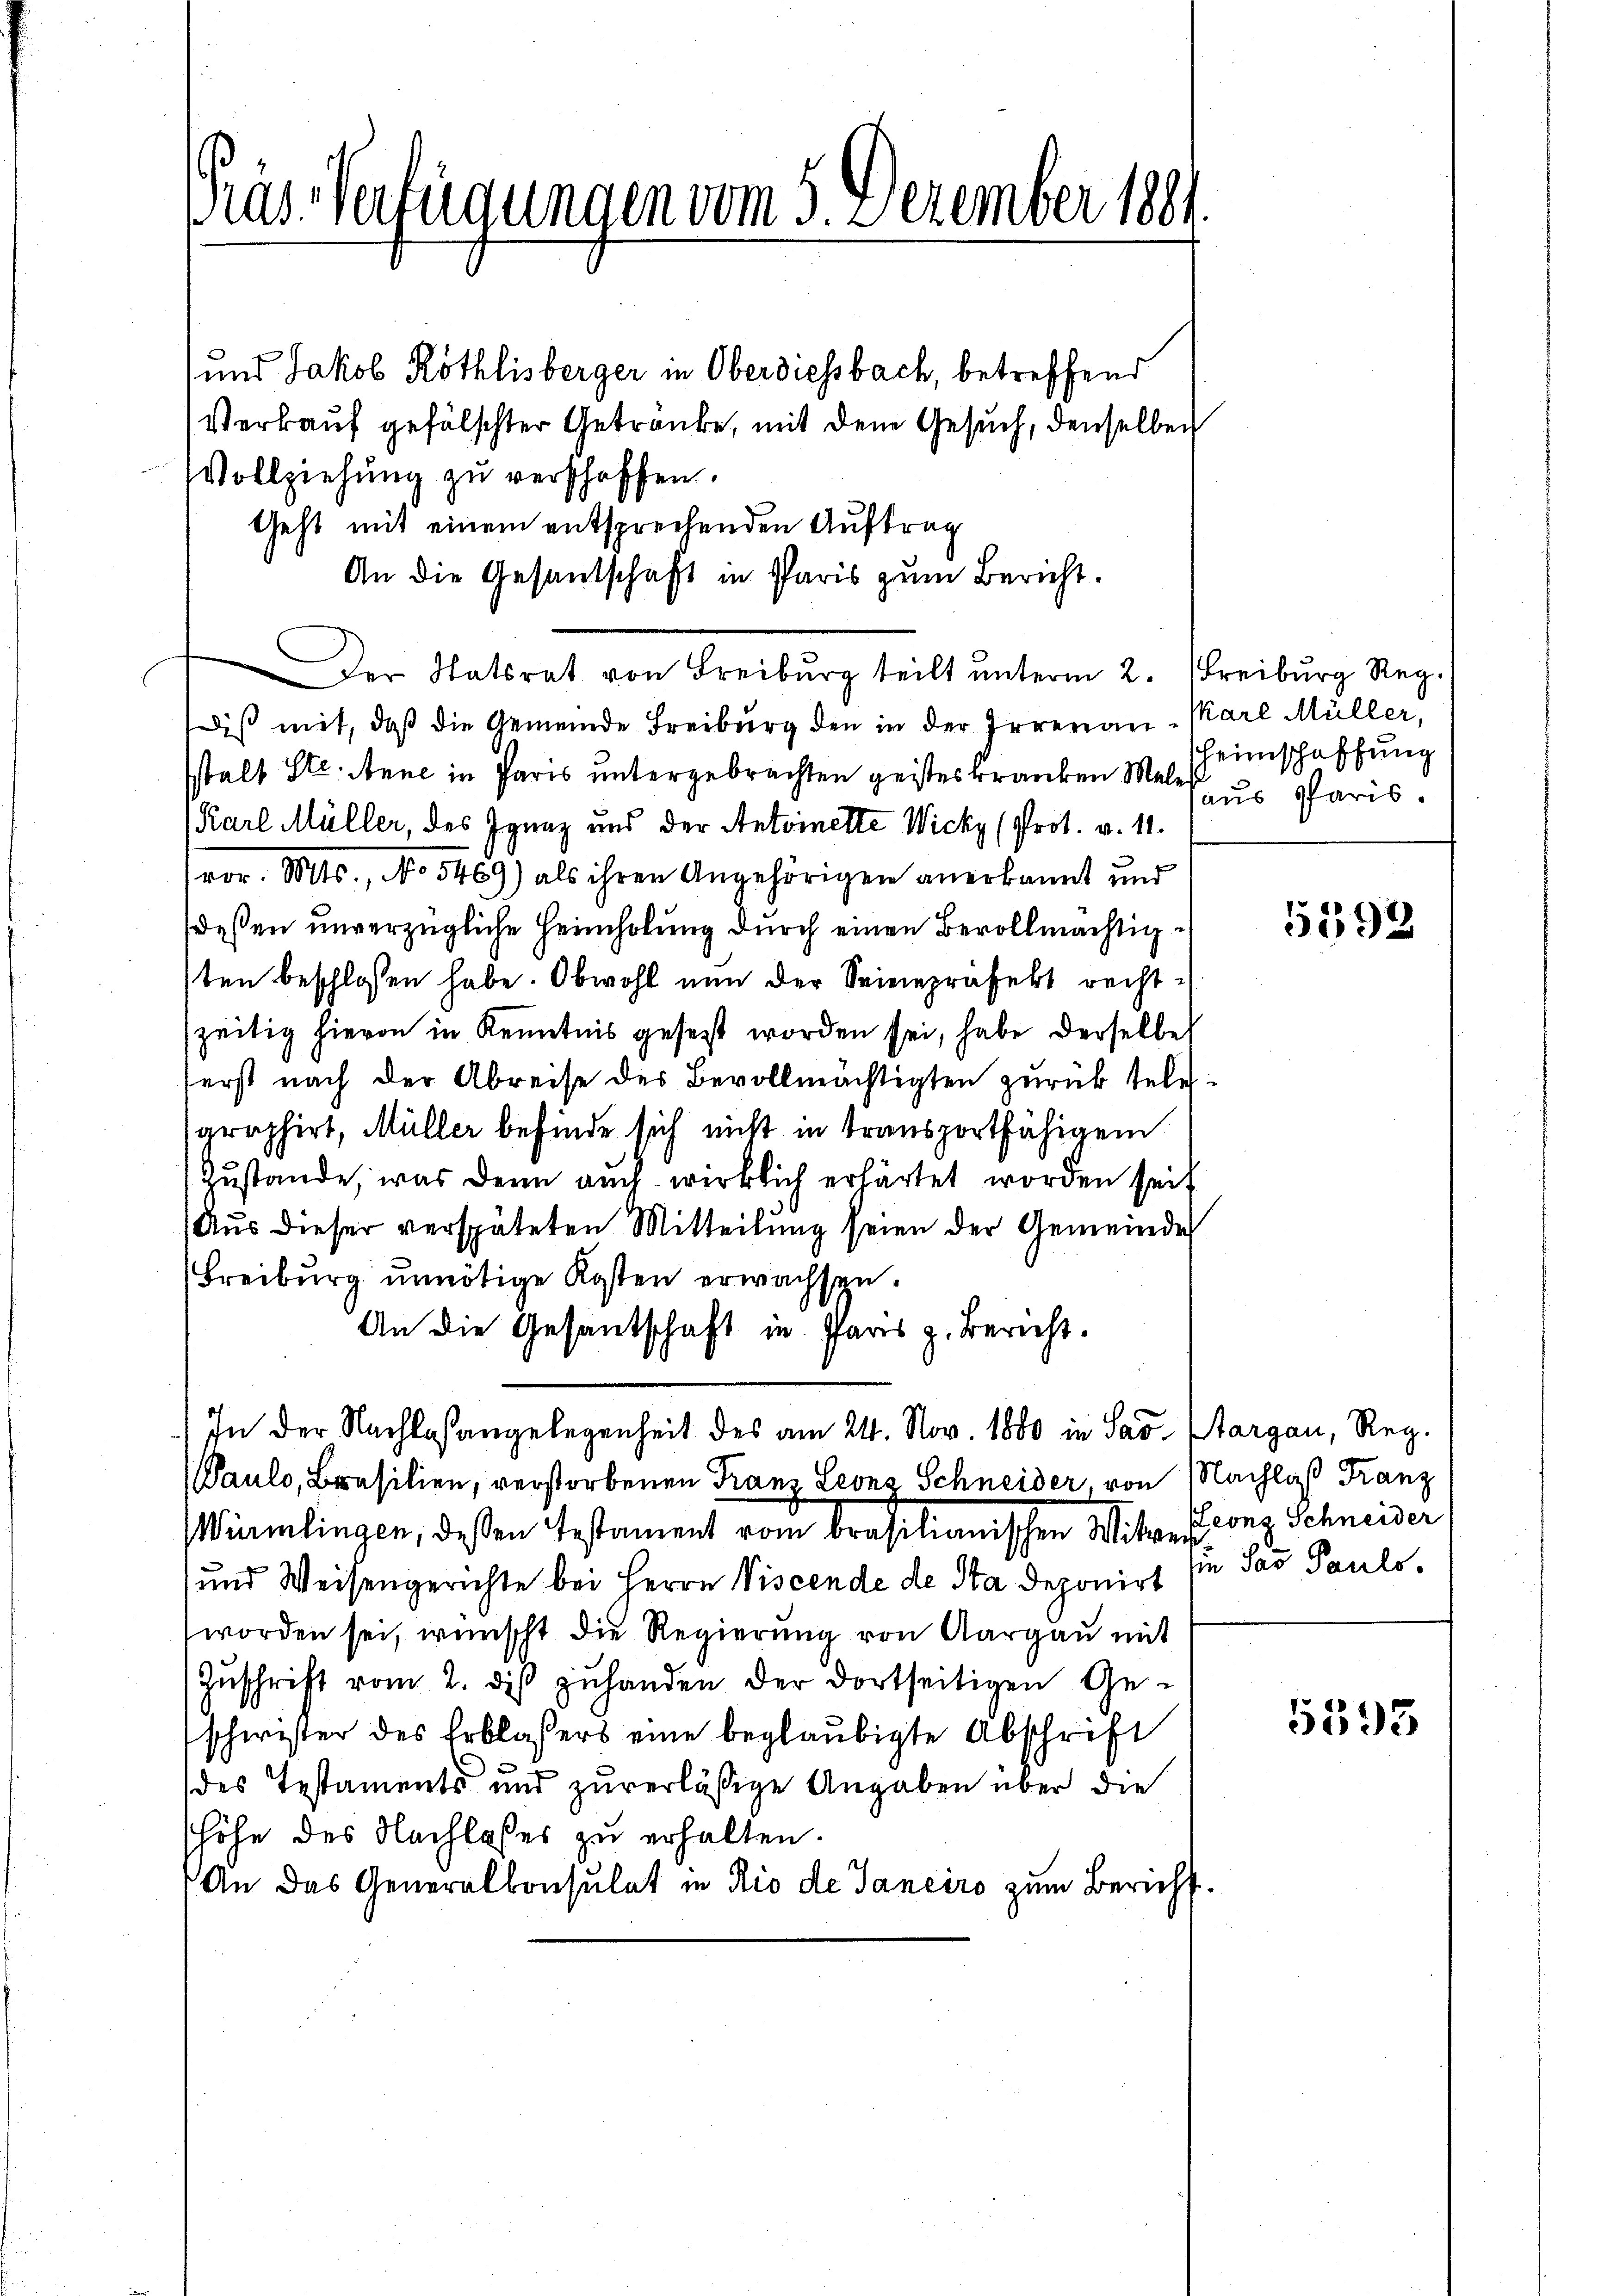
as Verfügungen vom 3. Dezember 1881

und Jakob Röthlisberger in Oberdiessbach, betreffend
Verkauf gefälschter Getränke, mit den Gesuch, denselben
Vollziehŭng zŭ verschaffen.
Geht mit einem entsprechenden Auftrag
An die Gesandschaft in Paris zum Bericht.
Der Statsrat von Freiburg teilt ŭnterm 2. Freiburg Reg.
diß mit, daß die Gemeinde Freiburg den in der Irrenan-Karl Müller,
stalt Ste. Anne in Paris untergebrachten geistes kranken Male
(Karl Müller, des Ignaz und der Antoinette Wicky (Prot. v. 11.
vor. Mts., No 5469) als ihren Angehörigen anerkannt und
deßen unverzügliche Heimholung durch einen Bevollmächtig¬
1ten beschlossen habe. Obwohl nun der Seienpräfekt rechtszeitig hievon in Kenntnis gesetzt worden sei, habe derselbe
serst nach der Abreise des Bevollmächtigten zurück tele
graphirt, Müller befinde sich nicht in transportfähigem
Zustande, was denn auch wirklich erhärtet worden seit
Aus dieser verspäteten Mitteilung seien der Gemeinde
Freiburg unnötige Kosten erwachsen.
An die Gesantschaft in Pars z. Bericht.
In der Nachlaßangelegenheit des am 24. Nov. 1880 in Sav. Aargau, Reg.
Paulo, Brasilien, verstorbenen Franz Leonz Schneider von Nachlaß Franz
Würmlingen, deßen Testament vom brasilianischen Witwe Leonz Schneider
und Weisengerichte bei Herrn Viscende de Sta deponirt sie Sav Pauls,
worden sei, wünscht die Regierung von Aargau mit
Zŭschrift vom 2. diβ zŭhanden der dortseitigen Ge-
schwister des Erblasers eine beglaubigte Abschrift
des Testaments und zuverläßige Angaben über die
shöhe des Nachlasses zu erhalten.
An das Generalkonsulat in Rio de Janeiro zum Bericht

heimschaffung
aus Paris.

5392.

5595